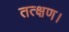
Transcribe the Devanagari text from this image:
तत्क्षण।